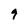
Character: 9